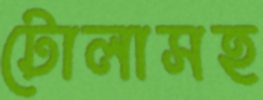
টোলাসহ